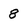
Character: 8